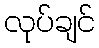
လုပ်ချင်